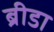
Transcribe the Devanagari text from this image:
ब्रीडा